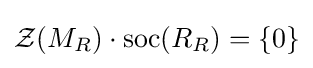
{\mathcal {Z}}(M_{R})\cdot \mathrm {soc} (R_{R})=\{0\}